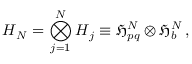
\boldsymbol { H } _ { N } = \bigotimes _ { j = 1 } ^ { N } { \boldsymbol { H } } _ { j } \equiv { \mathfrak H } _ { p q } ^ { N } \otimes { \mathfrak H } _ { b } ^ { N } \, ,